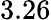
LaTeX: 3.26